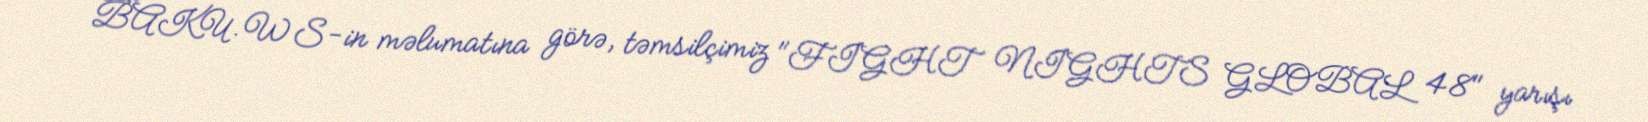
BAKU.WS-in məlumatına görə, təmsilçimiz "FIGHT NIGHTS GLOBAL 48" yarışı